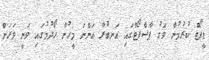
ޑީޕޯޓް ކުރުމުން ވަގު ޕާސްޕޯޓްގައި އަނބުރާ އަންނަ މީހުން ހޯދުމުގައި ވަނީ ވަރަށް